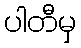
ပါတီမှ